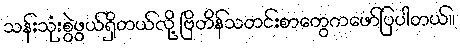
သန်းသုံးစွဲဖွယ်ရှိတယ်လို့ ဗြိတိန်သတင်းစာတွေကဖော်ပြပါတယ်။